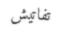
تفاتيش